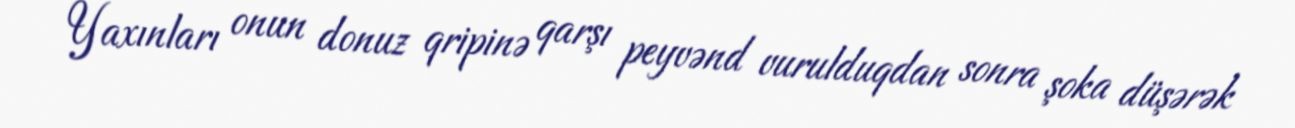
Yaxınları onun donuz qripinə qarşı peyvənd vurulduqdan sonra şoka düşərək